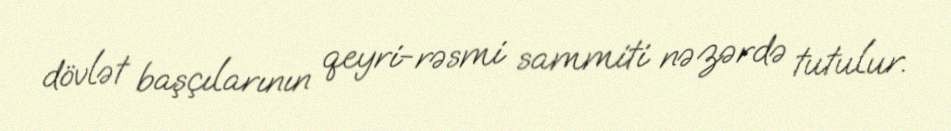
dövlət başçılarının qeyri-rəsmi sammiti nəzərdə tutulur.